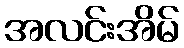
အလင်းအိမ်